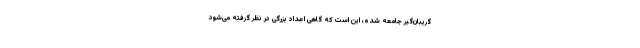
گریبان‌گیر جامعه شده، این است که گاهی اعداد بزرگی در نظر گرفته می‌شود